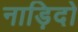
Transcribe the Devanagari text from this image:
नाड़िदो